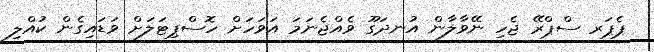
ޕެޕަރ ސްޕްރޭ ޖެހި ނޭވާލާން އުނދަގޫ ވެއްޖެނަމަ އަވަހަށް ހޮސްޕިޓަލަށް ވަޑައިގެން ކުއްލި